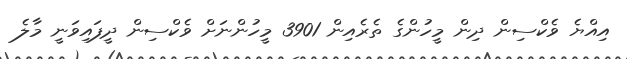
އިއްޔެ ވެކްސިން ދިން މީހުންގެ ތެރެއިން 3901 މީހުންނަށް ވެކްސިން ދީފައިވަނީ މާލެ